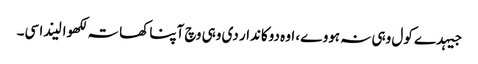
جیہدے کول وہی نہ ہووے، اوہ دوکاندار دی وہی وچ آپنا کھاتہ لکھوا لیندا سی۔